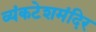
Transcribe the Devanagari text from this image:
व्यंकटेशमंदिर